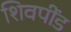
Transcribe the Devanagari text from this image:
शिवपींड